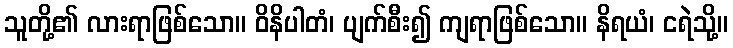
သူတို့၏ လားရာဖြစ်သော။ ဝိနိပါတံ၊ ပျက်စီး၍ ကျရာဖြစ်သော။ နိရယံ၊ ငရဲသို့။